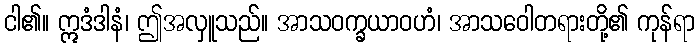
ငါ၏။ ဣဒံဒါနံ၊ ဤအလှူသည်။ အာသဝက္ခယာဝဟံ၊ အာသဝေါတရားတို့၏ ကုန်ရာ